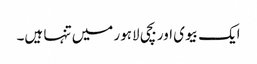
ایک بیوی اور بچی لاہور میں تنہا ہیں۔